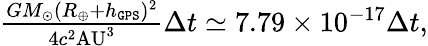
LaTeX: \begin{array}{r}{\frac{GM_{\odot}(R_{\oplus}+h_{\tt GPS})^{2}}{4c^{2}\mathrm{AU}^{3}}\Delta t\simeq 7.79\times 10^{-17}\Delta t,}\end{array}